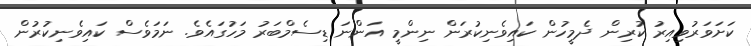
ކަށަވަރުވިއިރު ކުރިން ދެމީހުން ކައިވެނިކުރަން ނިންމީ އަންނަ ޑިސެމްބަރު މަހުގައެވެ. ނަމަވެސް ކައިވެނިކުރުން